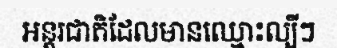
អន្តរជាតិដែលមានឈ្មោះល្បីៗ